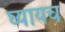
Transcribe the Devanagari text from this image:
घ्यायच